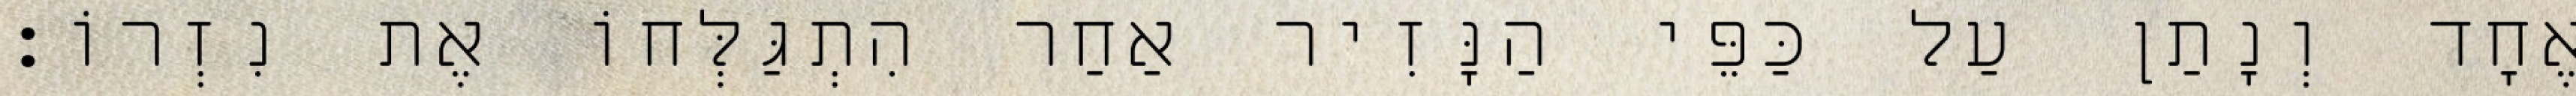
אֶחָד וְנָתַן עַל כַּפֵּי הַנָּזִיר אַחַר הִתְגַּלְּחוֹ אֶת נִזְרוֹ׃